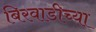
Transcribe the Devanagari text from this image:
बिरवाडीच्या